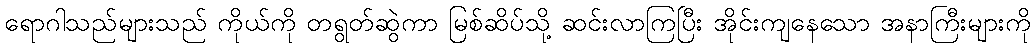
ရောဂါသည်များသည် ကိုယ်ကို တရွတ်ဆွဲကာ မြစ်ဆိပ်သို့ ဆင်းလာကြပြီး အိုင်းကျနေသော အနာကြီးများကို